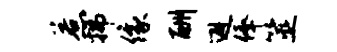
惹拂像酬避俸筮